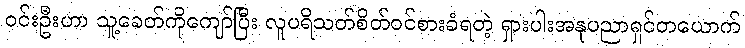
ဝင်းဦးဟာ သူ့ခေတ်ကိုကျော်ပြီး လူပရိသတ်စိတ်ဝင်စားခံရတဲ့ ရှားပါးအနုပညာရှင်တယောက်